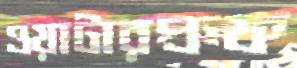
ওয়াটারপ্রুফ